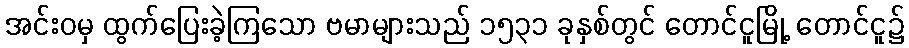
အင်းဝမှ ထွက်ပြေးခဲ့ကြသော ဗမာများသည် ၁၅၃၁ ခုနှစ်တွင် တောင်ငူမြို့ တောင်ငူ၌